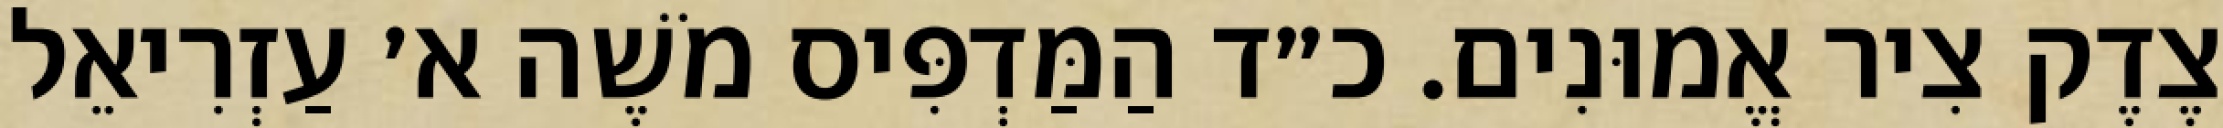
צֶדֶק צִיר אֱמוּנִים. כ״ד הַמַּדְפִּיס מֹשֶׁה א׳ עַזְרִיאֵל